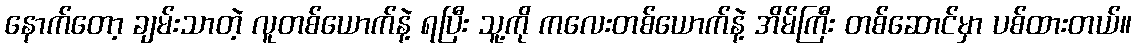
နောက်တော့ ချမ်းသာတဲ့ လူတစ်ယောက်နဲ့ ရပြီး သူ့ကို ကလေးတစ်ယောက်နဲ့ အိမ်ကြီး တစ်ဆောင်မှာ ပစ်ထားတယ်။